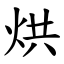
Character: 烘